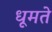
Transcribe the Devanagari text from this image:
धूमते